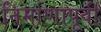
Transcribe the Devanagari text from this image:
निर्माणापूर्वी